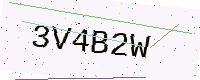
Text: 3V4B2W